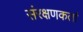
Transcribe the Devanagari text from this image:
संरक्षणकर्ता